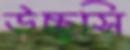
উচ্ছ্বসি